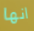
انها